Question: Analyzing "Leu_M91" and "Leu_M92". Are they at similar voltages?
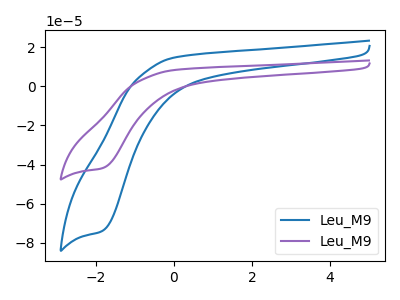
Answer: <think>The blue curve "Leu_M91" has a cathodic peak at: (-1.85V, -74.05uA). The purple curve "Leu_M92" has a cathodic peak at: (-1.85V, -41.95uA).
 All the peaks in "Leu_M91" have a peak in "Leu_M92" at the same potential. Every peak in "Leu_M91" is higher than every peak in "Leu_M92".</think>
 <answer>"Leu_M91" and "Leu_M92" are similar in shape.</answer>
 <eval>same_shape</eval>